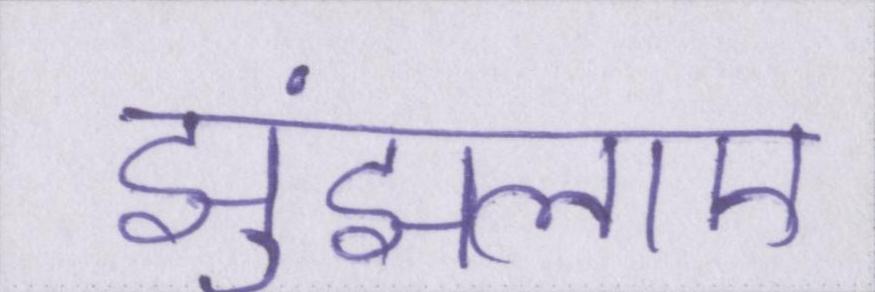
झुंझलाए